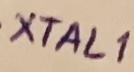
Text: XTAL1